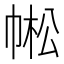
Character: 𢃓